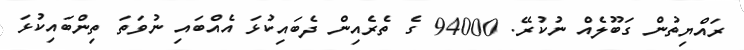
ރައްޔިތުން ގަބޫލެއް ނުކުރޭ. 94000 ގެ ތެރެއިން ދެބައިކުޅަ އެއްބައި ނުވަތަ ތިންބައިކުޅަ